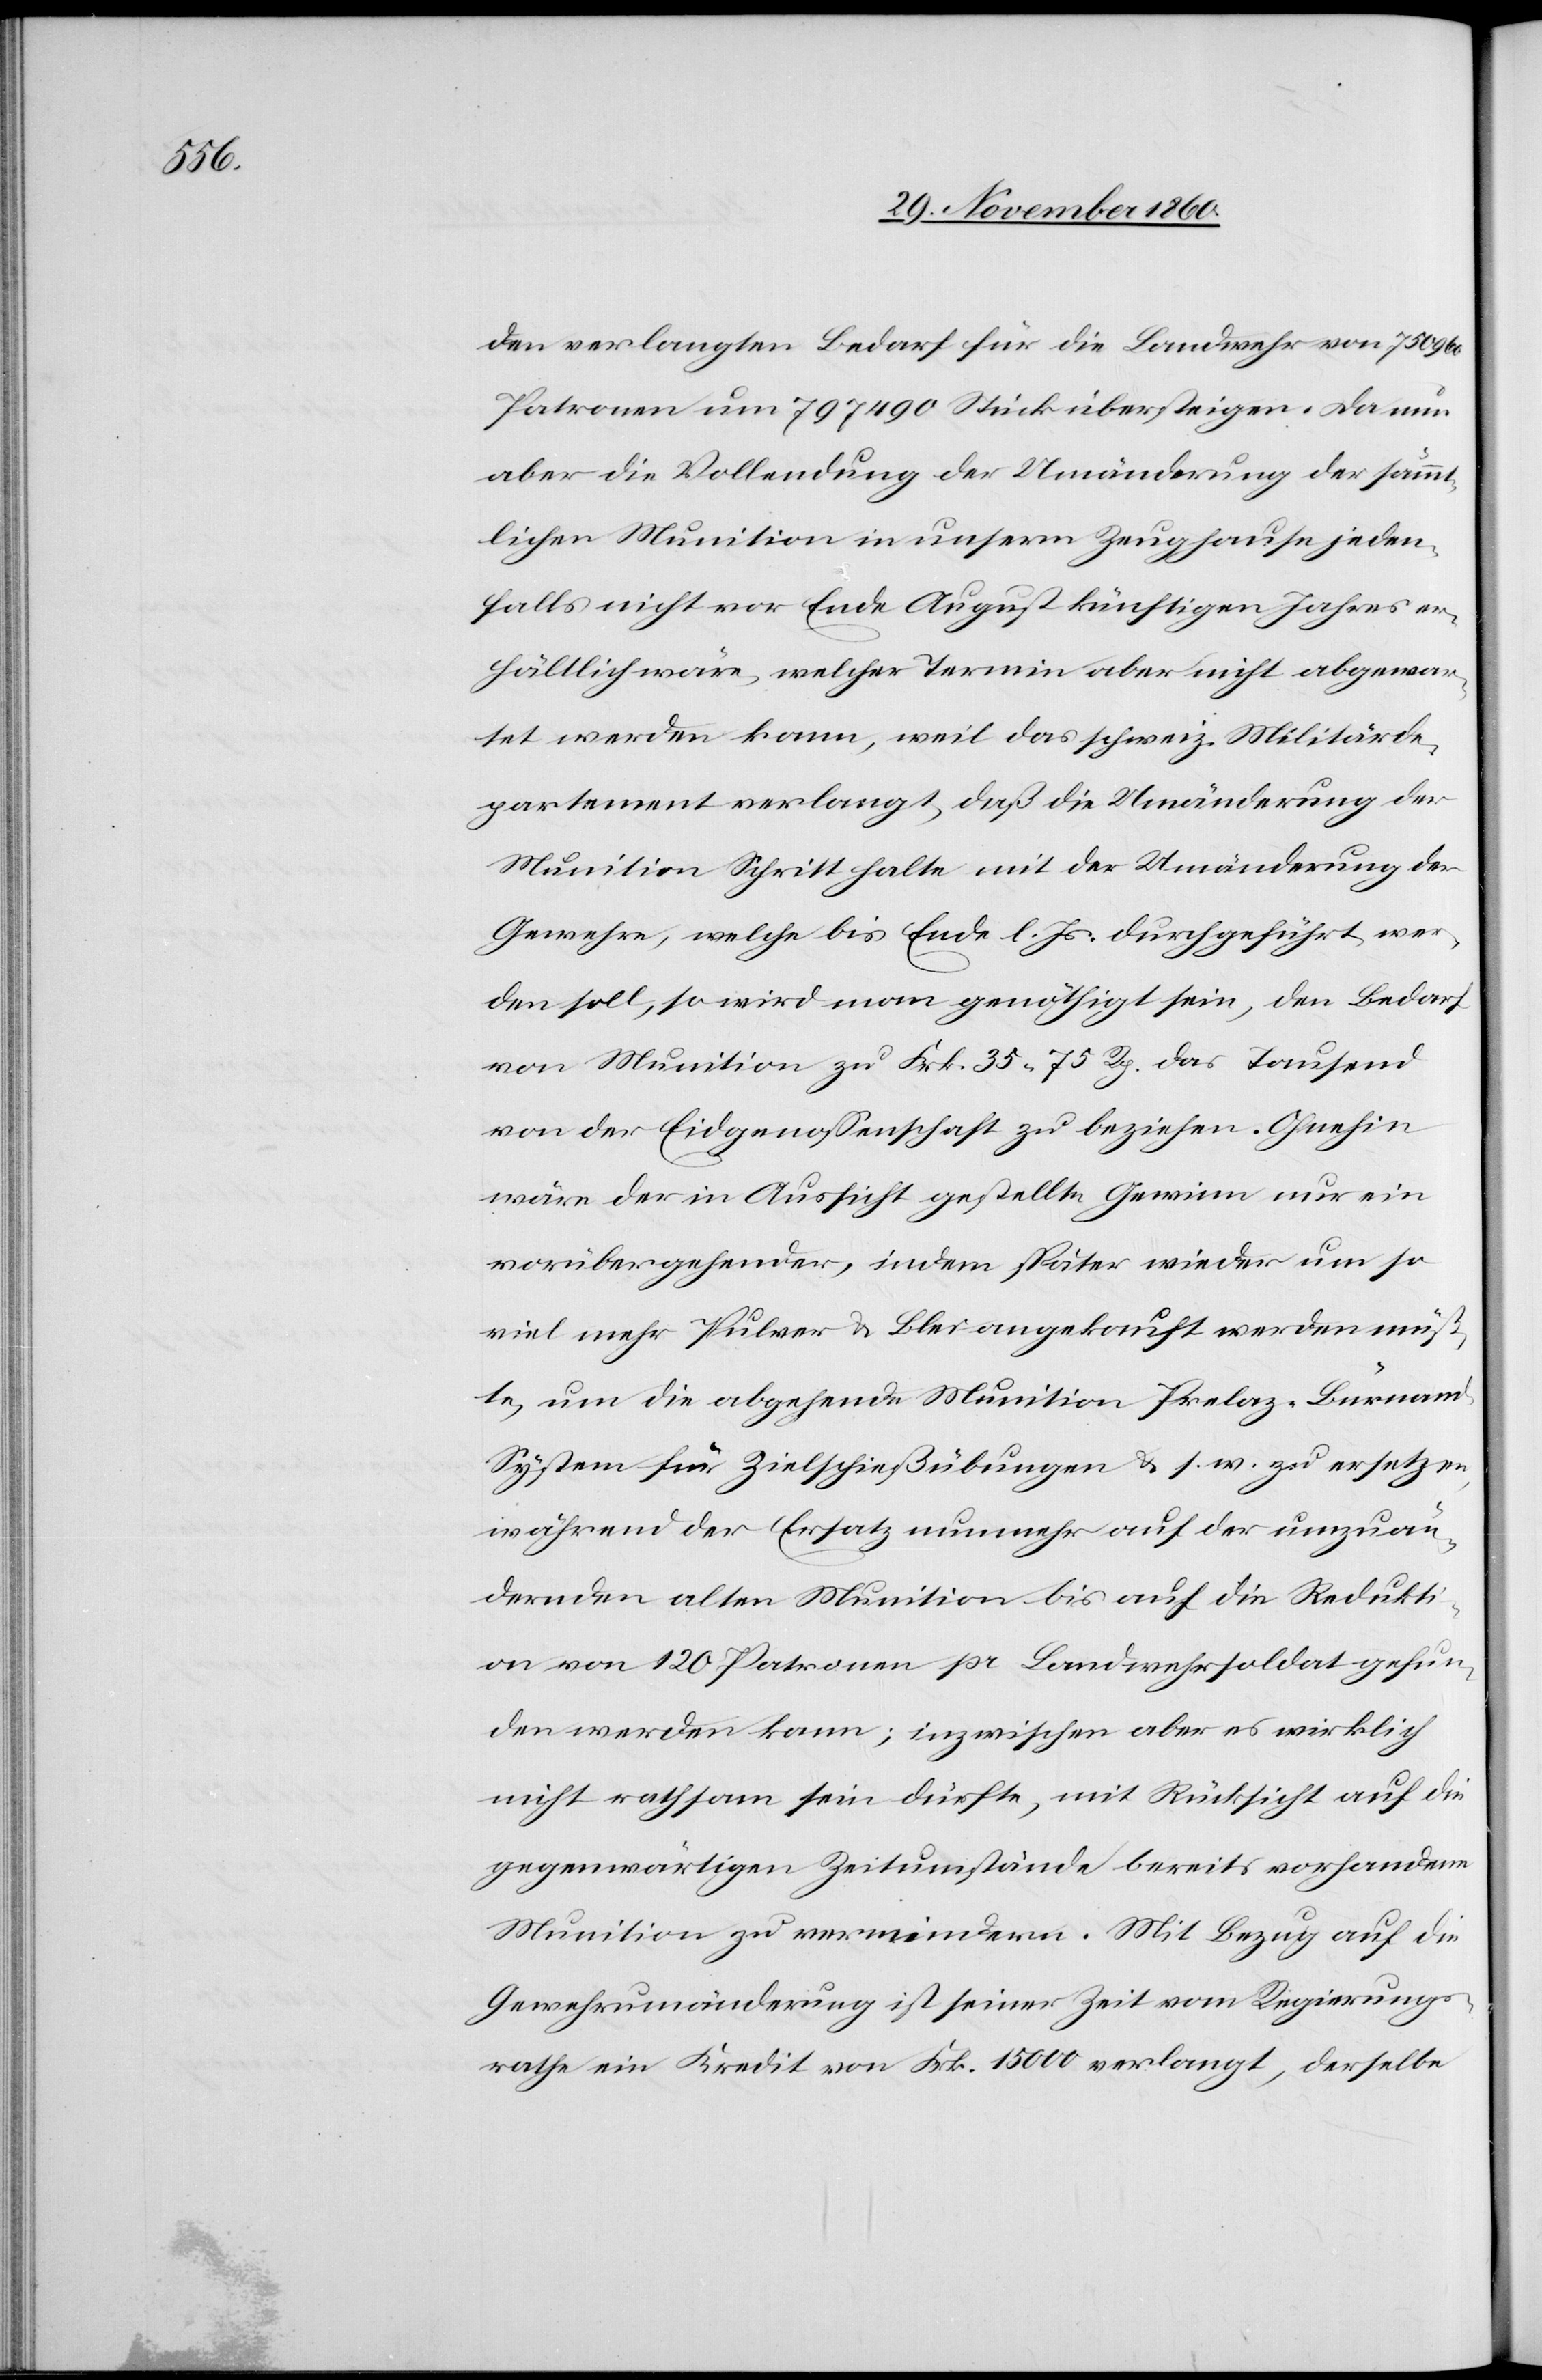
den verlangten Bedarf für die Landwehr von 750 960
Patronen um 797 490 Stück übersteigen. Da nun
aber die Vollendung der Umänderung der sämmt¬
lichen Munition in unserm Zeughause jeden¬
falls nicht vor Ende August künftigen Jahres er¬
hältlich wäre, welcher Termin aber nicht abgewar¬
tet werden kann, weil das schweiz. Militärde¬
partement verlangt, daß die Umänderung der
Munition Schritt halte mit der Umänderung der
Gewehre, welche bis Ende l. Js. durchgeführt wer¬
den soll, so wird man genöthigt sein, den Bedarf
von Munition zu Frk. 35 75 Rp. das Tausend
von der Eidgenossenschaft zu beziehen. Ohnehin
wäre der in Aussicht gestellte Gewinn nur ein
vorübergehender, indem später wieder um so
viel mehr Pulver u. Blei angekauft werden müß¬
te, um die abgehende Munition Prelaz-Bürnan¬
d-System für Zielschießübungen u. s. w. zu ersetzen,
während der Ersatz nunmehr auf der umzuän¬
dernden alten Munition bis auf die Redukti¬
on von 120 Patronen pr. Landwehrsoldat gefun¬
den werden kann; inzwischen aber es wirklich
nicht rathsam sein dürfte, mit Rücksicht auf die
gegenwärtigen Zeitumstände bereits vorhandene
Munition zu vermindern. Mit Bezug auf die
Gewehrumänderung ist seiner Zeit vom Regierungs¬
rathe ein Kredit von Fr. 15 000 verlangt, derselbe